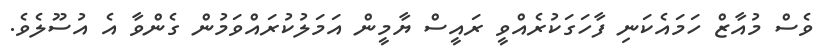
ވެސް މުއާޒް ހަމައެކަނި ފާހަގަކުރެއްވީ ރައީސް ޔާމީން އަމަލުކުރައްވަމުން ގެންވާ އެ އުސޫލެވެ.